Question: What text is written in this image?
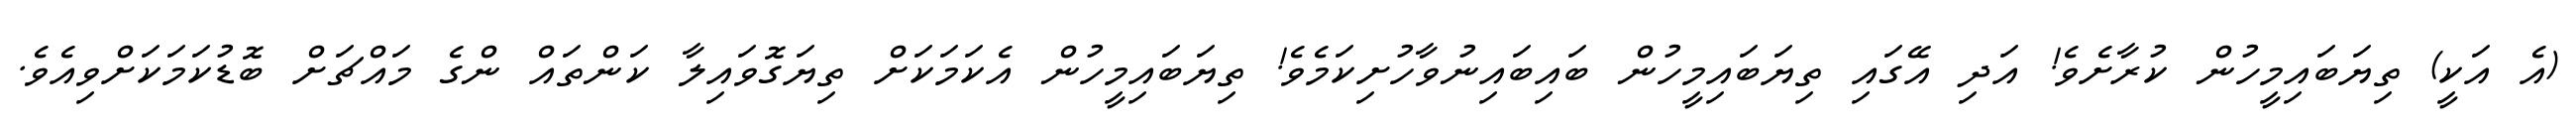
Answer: (އެ އަކީ) ތިޔަބައިމީހުން ކުރާށެވެ! އަދި އޭގައި ތިޔަބައިމީހުން ބައިބައިނުވާހުށިކަމެވެ! ތިޔަބައިމީހުން އެކަމަކަށް ތިޔަގޮވައިލާ ކަންތައް ންގެ މައްޗަށް ބޮޑުކަމަކަށްވިއެވެ.